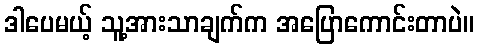
ဒါပေမယ့် သူ့အားသာချက်က အပြောကောင်းတာပဲ။